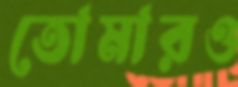
তোমারও